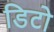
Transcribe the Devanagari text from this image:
डिटो